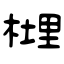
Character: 榸